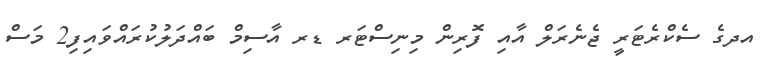
އދގެ ސެކްރެޓަރީ ޖެނެރަލް އާއި ފޮރިން މިނިސްޓަރ ޑރ އާސިމް ބައްދަލުކުރައްވައިފި2 މަސް